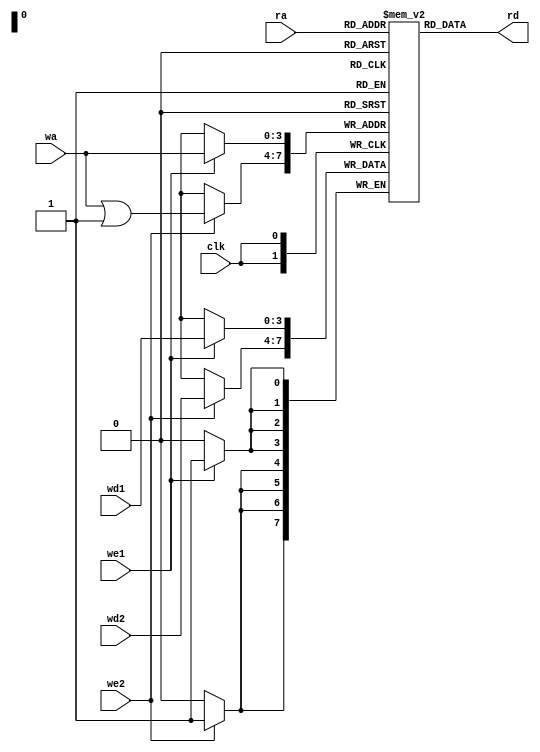
module top(
	input [3:0] wa, ra, wd1, wd2,
	input clk, we1, we2,
	output [3:0] rd);

reg [3:0] mem[0:15];
assign rd = mem[ra];

always @(posedge clk) begin
	if (we1)
		mem[wa] <= wd1;
	if (we2)
		mem[wa | 1] <= wd2;
end

endmodule